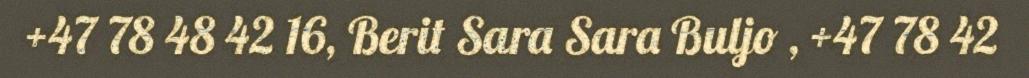
+47 78 48 42 16, Berit Sara Sara Buljo , +47 78 42